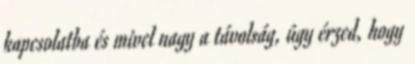
kapcsolatba és mivel nagy a távolság, úgy érzed, hogy